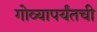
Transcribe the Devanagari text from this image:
गोव्यापर्यंतची